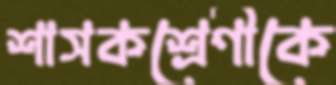
শাসকশ্রেণীকে